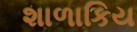
શાળાકિય